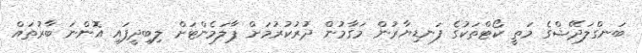
ބަނގްލަދޭޝްގެ މަތީ ކޯޓްތަކުގެ ފަނޑިޔާރުން މަގާމުން ދުރުކުރުމަށް ޕާލަމެންޓަށް ލިބިދީފައި އޮންނަ ބާރުތައް